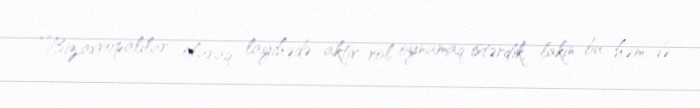
“Biz,avropalılar olaraq layihədə aktiv rol oynamaq istərdik, lakin bu həm də